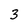
Character: 3